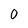
Character: 0